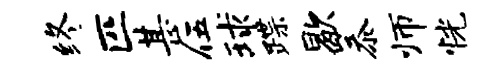
终匹甚伍球蹀歇忝师恍